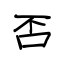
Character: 否